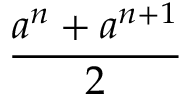
\frac { a ^ { n } + a ^ { n + 1 } } { 2 }